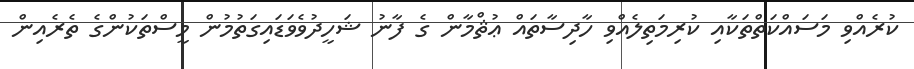
ކުރެއްވި މަސައްކަތްތަކާއި ކުރިމަތިލެއްވި ހާދިސާތައް ޢުޘްމާން ގެ ފާނު ޝަހީދުވެވަޑައިގަތުމުން މީސްތަކުންގެ ތެރެއިން